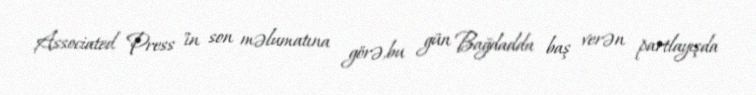
Associated Press "in son məlumatına görə,bu gün Bağdadda baş verən partlayışda